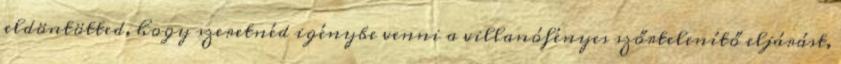
eldöntötted, hogy szeretnéd igénybe venni a villanófényes szőrtelenítő eljárást,